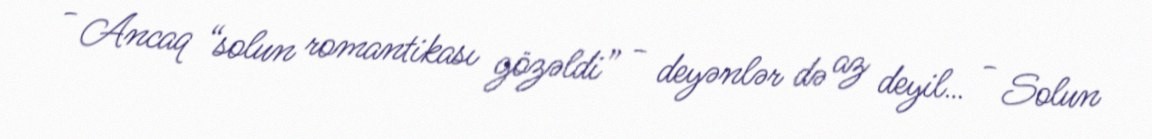
- Ancaq “solun romantikası gözəldi” - deyənlər də az deyil… - Solun